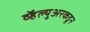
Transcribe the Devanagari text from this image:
व्हॅल्युअरकडून